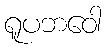
ရူပဘဝေါ